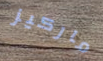
ماركيز